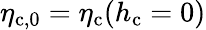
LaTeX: \eta_{\mathrm{c},0}=\eta_{\mathrm{c}}(h_{\mathrm{c}}=0)